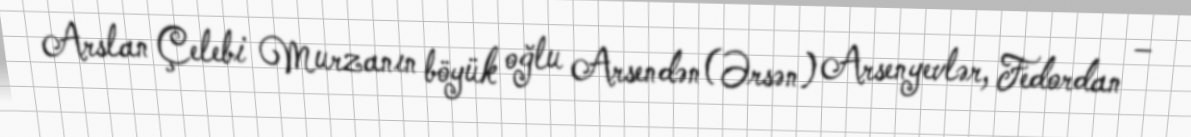
Arslan Çelebi Murzanın böyük oğlu Arsendən(Ərsən) Arsenyevlər, Fedordan –